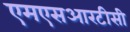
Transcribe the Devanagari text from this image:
एमएसआरटीसी